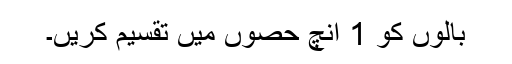
بالوں کو 1 انچ حصوں میں تقسیم کریں۔